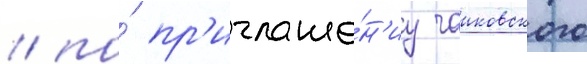
/ по́ пр'иглаше́н'иу чаиковского